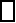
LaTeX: \boxed{\begin{array}{rl}\end{array}}